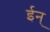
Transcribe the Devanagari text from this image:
ईन्